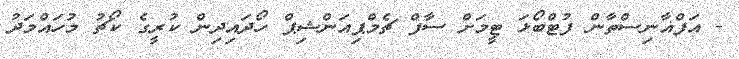
- އަފްޣާނިސްތާން ފުޓްބޯޅަ ޓީމަށް ސާފް ޗެމްޕިއަންޝިޕް ހޯދައިދިން ކުރީގެ ކޯޗު މުހައްމަދު